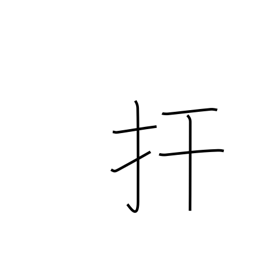
Meaning: restrain